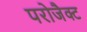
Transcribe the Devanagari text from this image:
परोजैक्ट